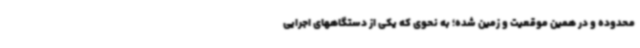
محدوده و در همین موقعیت و زمین شده؛ به نحوی که یکی از دستگاههای اجرایی